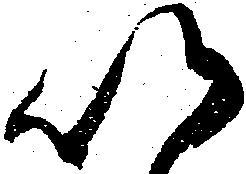
以